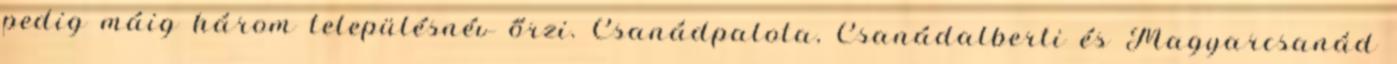
pedig máig három településnév őrzi. Csanádpalota, Csanádalberti és Magyarcsanád